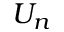
U _ { n }